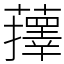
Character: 蘀